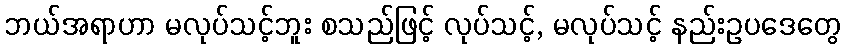
ဘယ်အရာဟာ မလုပ်သင့်ဘူး စသည်ဖြင့် လုပ်သင့်, မလုပ်သင့် နည်းဥပဒေတွေ